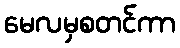
မေလမှစတင်ကာ